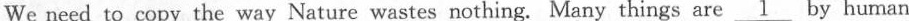
We need to copy the way Nature wastes nothing. Many things are \underline{1} by human